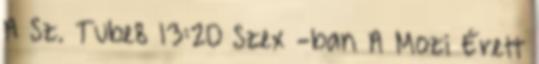
A Sz. Tube8 13:20 Szex -ban A Mozi Érett